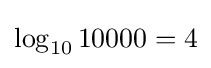
\log _{10}{10000}=4